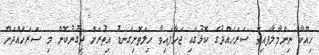
ހިއްކާ ނިންމާލާފައިވާ ސަރަހައްދުގެ ކޮޅުގައި ޖަހާފައިވާ ހިލަތޮށިގަނޑު އިތުރަށް ދިގުނުކޮށް މި ސަރަހައްދަށް